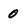
Character: 0